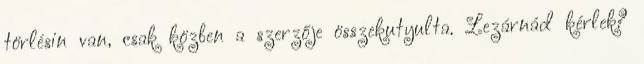
törlésin van, csak közben a szerzője összekutyulta. Lezárnád kérlek?